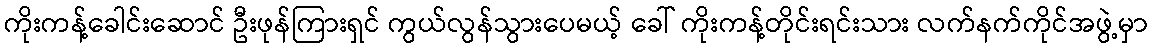
ကိုးကန့်ခေါင်းဆောင် ဦးဖုန်ကြားရှင် ကွယ်လွန်သွားပေမယ့် ခေါ် ကိုးကန့်တိုင်းရင်းသား လက်နက်ကိုင်အဖွဲ့မှာ